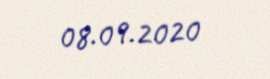
08.09.2020